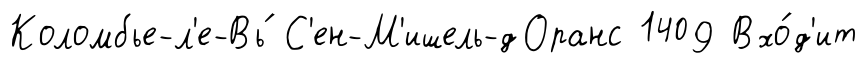
Коломбье-л'е-Вь́ С'ен-М'ишель-дОранс 1409 Вхо́д'ит